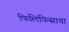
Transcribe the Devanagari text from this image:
फिलिपिन्साचा